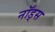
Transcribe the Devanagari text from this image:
नॉड्स